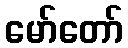
မော်တော်